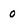
Character: 0